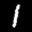
Label: 1